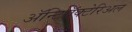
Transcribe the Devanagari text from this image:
ॲन्टिबॅक्‍टेरिअल